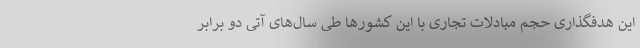
این هدفگذاری حجم مبادلات تجاری با این کشورها طی سال‌های آتی دو برابر